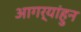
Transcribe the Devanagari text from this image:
आगर्‍यांहुन